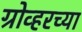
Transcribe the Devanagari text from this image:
ग्रोव्हरच्या